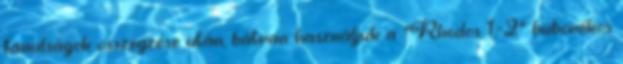
tanulságok összegzése után, bátran használjuk a "Rhodos 1,-2" buborékos